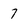
Character: 7